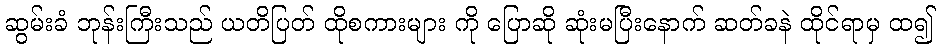
ဆွမ်းခံ ဘုန်းကြီးသည် ယတိပြတ် ထိုစကားများ ကို ပြောဆို ဆုံးမပြီးနောက် ဆတ်ခနဲ ထိုင်ရာမှ ထ၍